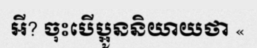
អី? ចុះបើប្អូននិយាយថា «